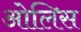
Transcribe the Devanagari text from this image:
ओलिस